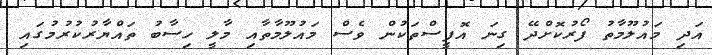
އަދި މައުލޫމާތު ފޯރުކޮށްދޭ ގިނަ އޮފީސްތަކުން ވެސް މައުލޫމާތާއި މާލީ ހިސާބު ތައްޔާރުކުރުމުގައި